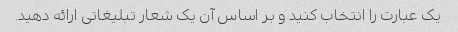
یک عبارت را انتخاب کنید و بر اساس آن یک شعار تبلیغاتی ارائه دهید.